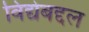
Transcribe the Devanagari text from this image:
विद्येबद्दल